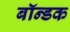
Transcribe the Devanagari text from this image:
बॉन्डक